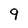
Character: 9